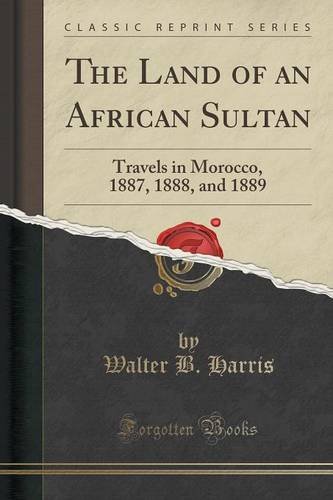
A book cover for The Land of an African Sultan: Travels in Morocco, 1887, 1888, and 1889 (Classic Reprint); Walter B. Harris; Travel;